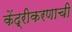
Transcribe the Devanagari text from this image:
केंद्रीकरणाची